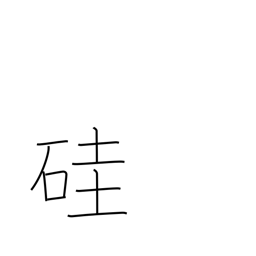
Meaning: silicon